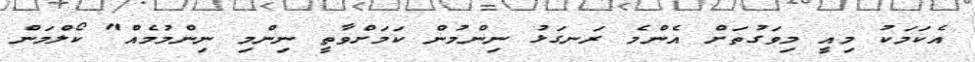
އެކަމަކު މިއީ މިވަގުތަށް އެންމެ ރަނގަޅު ނިންމުން ކަމަށްވާތީ ނިންމި ނިންމުމެއް" ކޯލްމަން